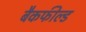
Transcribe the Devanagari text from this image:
बैकफील्ड